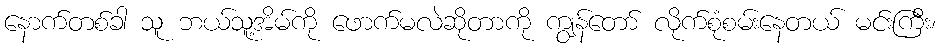
နောက်တစ်ခါ သူ ဘယ်သူ့အိမ်ကို ဖောက်မလဲဆိုတာကို ကျွန်တော် လိုက်စုံစမ်းနေတယ် မင်းကြီး၊